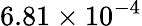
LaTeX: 6.81\times 10^{-4}